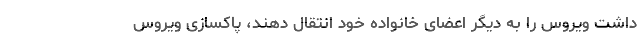
داشت ویروس را به دیگر اعضای خانواده خود انتقال دهند، پاکسازی ویروس